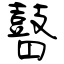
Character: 瞽